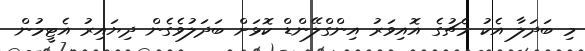
މި ބަދަލާ އެކު މެޗުގެ އޮއިވަރު އިންގްލޭންޑް ކޮޅަށް ބަދަލުވެގެން ދިޔައިރު އެޓީމުން